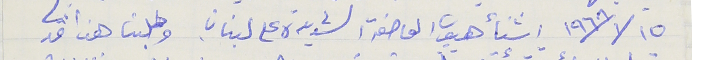
٦/١٥/ ١٩٦٨ اثنأ هبوب العاصفة الشديدة على لبنان وطلبنا هذا قد